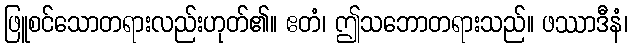
ဖြူစင်သောတရားလည်းဟုတ်၏။ ဧတံ၊ ဤသဘောတရားသည်။ ဖဿာဒီနံ၊